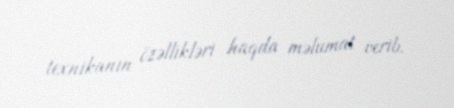
texnikanın özəllikləri haqda məlumat verib.